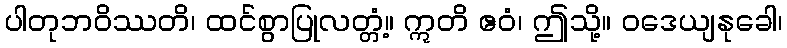
ပါတုဘဝိဿတိ၊ ထင်စွာပြုလတ္တံ့။ ဣတိ ဧဝံ၊ ဤသို့။ ဝဒေယျနုခေါ၊